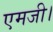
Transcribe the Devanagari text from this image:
एमजी।